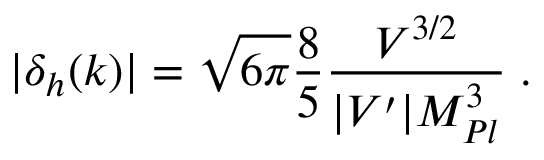
| \delta _ { h } ( k ) | = \sqrt { 6 \pi } \frac { 8 } { 5 } \frac { V ^ { 3 / 2 } } { | V ^ { \prime } | M _ { P l } ^ { 3 } } \; .